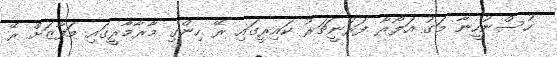
ހުސްނުހީނާ މަގު އަލޯރާ ފަރުނީޗަރު ކައިރީގައި ރޭ ހިންގި މާރާމާރީގައި މަފާޒަށް ރޭ